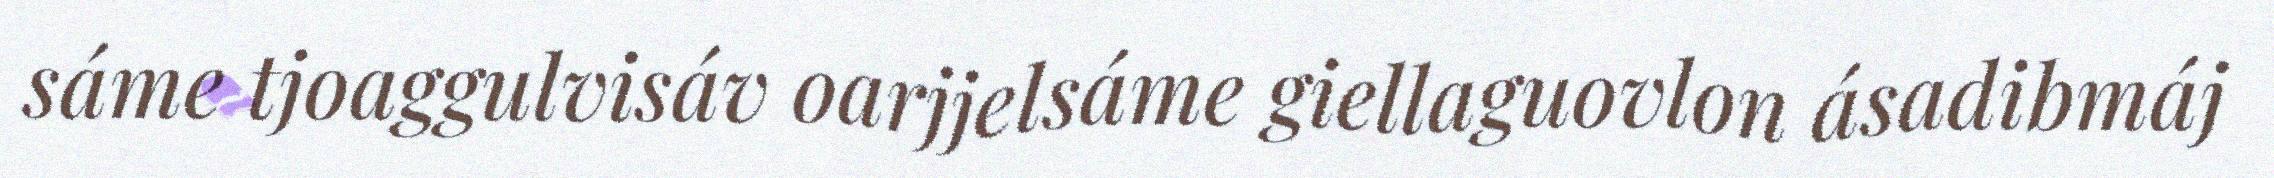
sáme tjoaggulvisáv oarjjelsáme giellaguovlon ásadibmáj